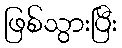
ဖြစ်သွားပြီး